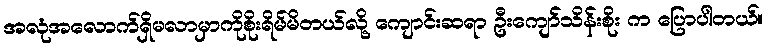
အလုံအလောက်ရှိမလာမှာကိုစိုးရိမ်မိတယ်လို့ ကျောင်းဆရာ ဦးကျော်သိန်းစိုး က ပြောပါတယ်။